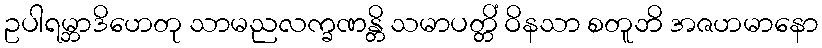
ဥပါရမ္ဘာဒိဟေတု သာမညလက္ခဏန္တိ သမာပတ္တိံ ဝိနသာ စတူဘိ အဇဟမာနော